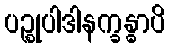
ပဉ္စုပါဒါနက္ခန္ဓာပိ